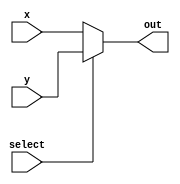

module mux4x1 (input [3:0] x, input [3:0] y, input select, output [3:0] out);

assign out = (select)?  y: x;

endmodule